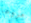
مروعا